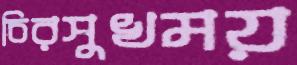
চিরসুখময়